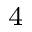
^ { 4 }